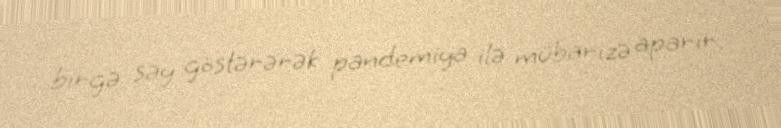
birgə səy göstərərək pandemiya ilə mübarizə aparır.